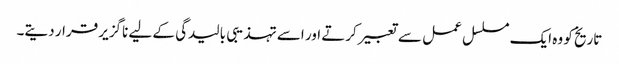
تاریخ کو وہ ایک مسلسل عمل سے تعبیر کرتے اور اسے تہذیبی بالیدگی کے لیے ناگزیر قرار دیتے۔